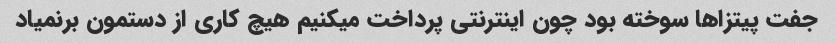
جفت پیتزا‌ها سوخته بود چون اینترنتی پرداخت میکنیم هیچ کاری از دستمون برنمیاد